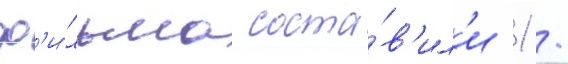
ф'и́льма соста́в'ил'и 1 /